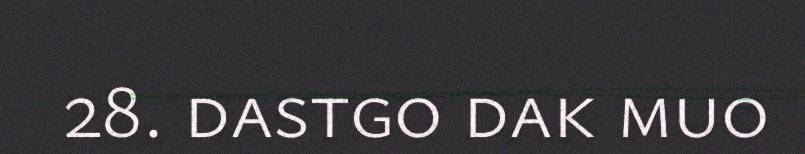
28. dastgo dak muo